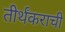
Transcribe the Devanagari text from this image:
तीर्थंकराची